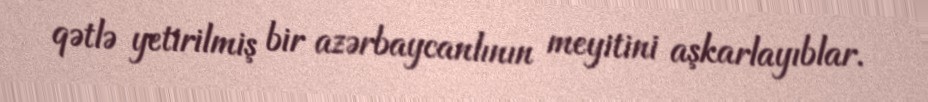
qətlə yetirilmiş bir azərbaycanlının meyitini aşkarlayıblar.